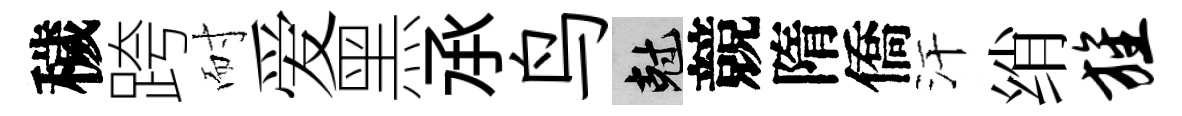
穢跨耐爱黑𠄘鸟剋競隋僑汗绡旌